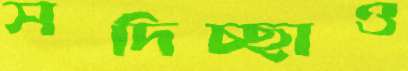
সদিচ্ছাও